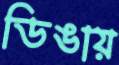
ডিঙায়